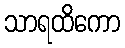
သာရထိကော